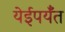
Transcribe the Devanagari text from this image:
येईपर्यँत